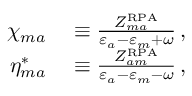
\begin{array} { r l } { \chi _ { m a } } & { { } \equiv \frac { Z _ { m a } ^ { \mathrm { R P A } } } { \varepsilon _ { a } - \varepsilon _ { m } + \omega } \, , } \\ { \eta _ { m a } ^ { * } } & { { } \equiv \frac { Z _ { a m } ^ { \mathrm { R P A } } } { \varepsilon _ { a } - \varepsilon _ { m } - \omega } \, , } \end{array}